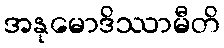
အနုမောဒိဿာမီတိ